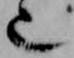
也